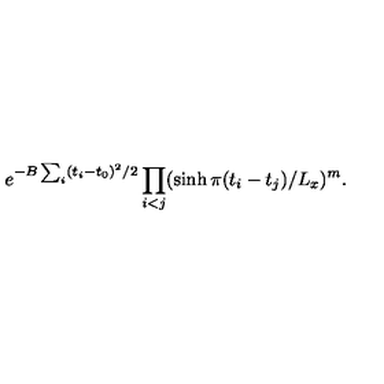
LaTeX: e ^ { - B \sum _ { i } ( t _ { i } - t _ { 0 } ) ^ { 2 } / 2 } \prod _ { i < j } ( \sinh \pi ( t _ { i } - t _ { j } ) / L _ { x } ) ^ { m } .